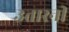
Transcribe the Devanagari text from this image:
उतारनी